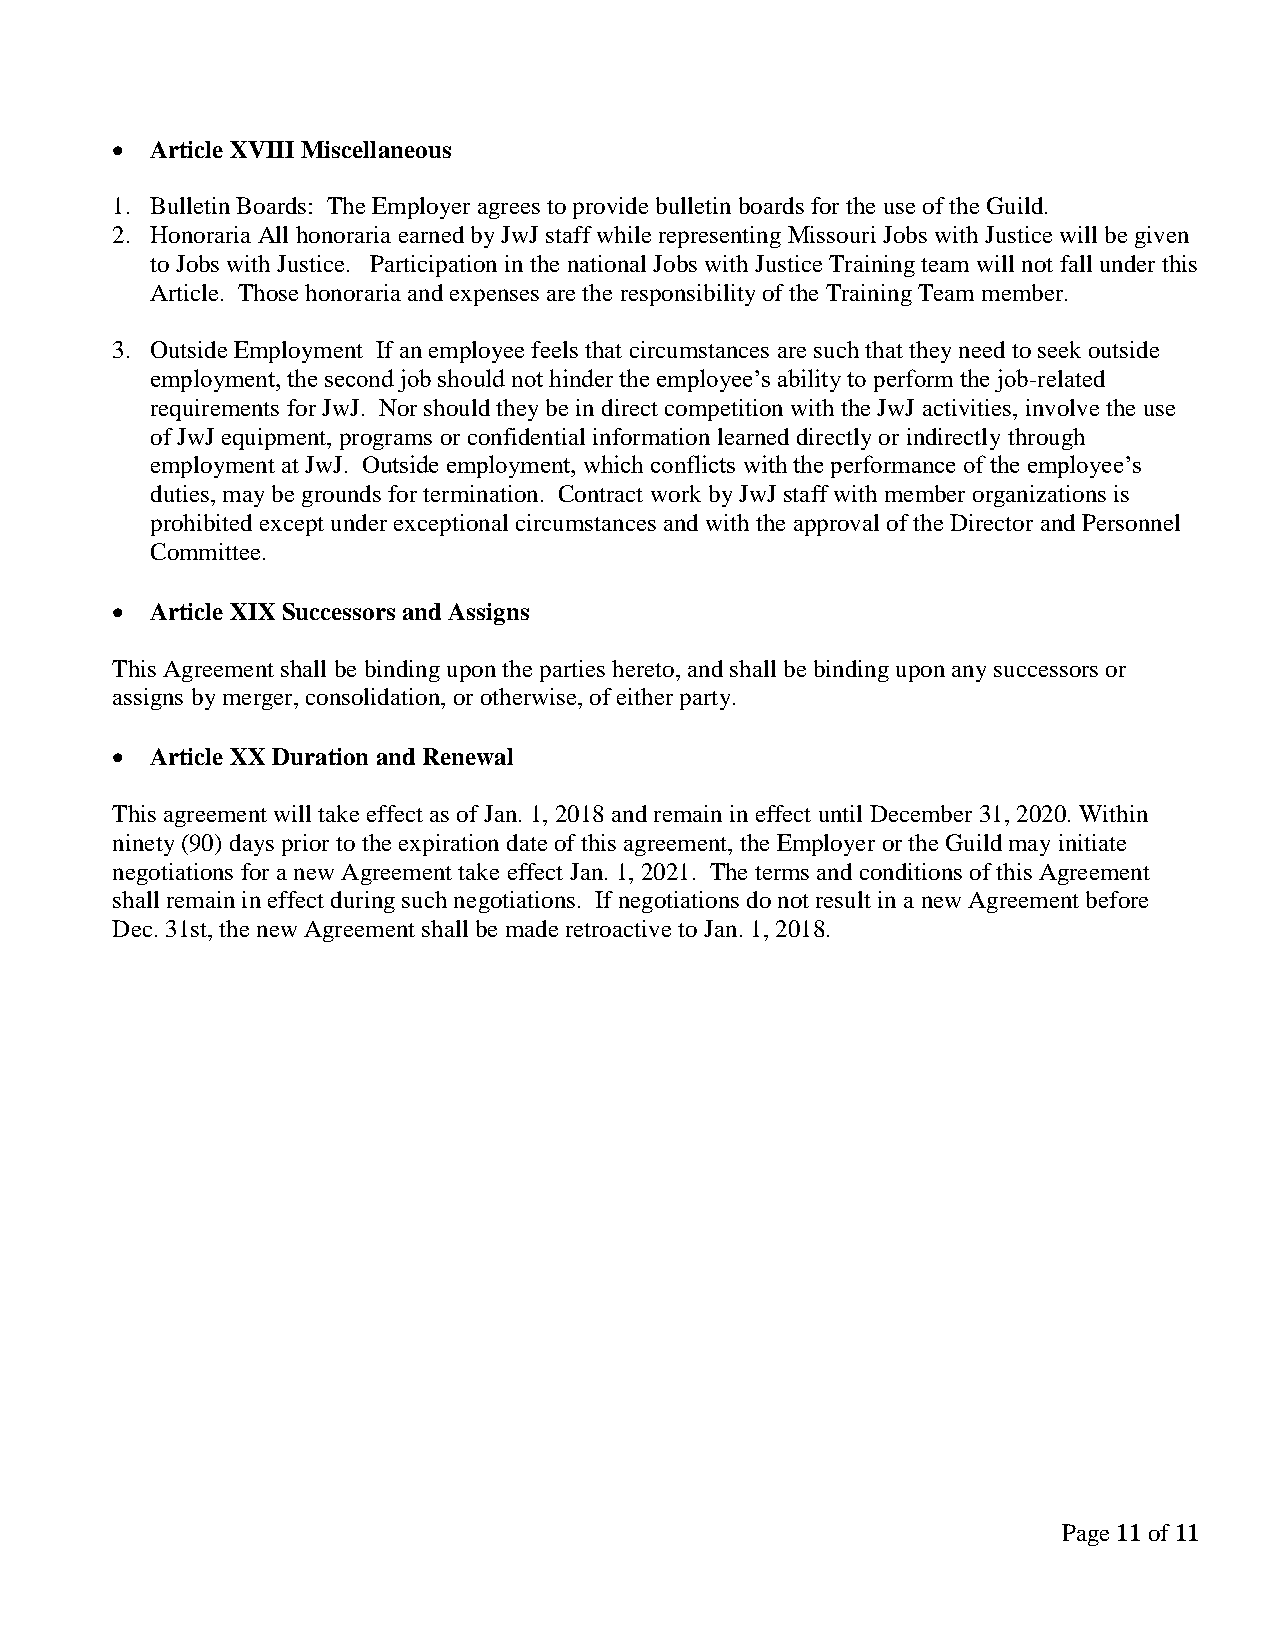
  Article XVIII Miscellaneous
 1. Bulletin Boards: The Employer agrees to provide bulletin boards for the use of the Guild.
 2. Honoraria All honoraria earned by JwJ staff while representing Missouri Jobs with Justice will be given
 to Jobs with Justice. Participation in the national Jobs with Justice Training team will not fall under this
 Article. Those honoraria and expenses are the responsibility of the Training Team member.
 3. Outside Employment If an employee feels that circumstances are such that they need to seek outside
 employment, the second job should not hinder the employee’s ability to perform the job-related
 requirements for JwJ. Nor should they be in direct competition with the JwJ activities, involve the use
 of JwJ equipment, programs or confidential information learned directly or indirectly through
 employment at JwJ. Outside employment, which conflicts with the performance of the employee’s
 duties, may be grounds for termination. Contract work by JwJ staff with member organizations is
 prohibited except under exceptional circumstances and with the approval of the Director and Personnel
 Committee.
   Article XIX Successors and Assigns
 This Agreement shall be binding upon the parties hereto, and shall be binding upon any successors or
 assigns by merger, consolidation, or otherwise, of either party.
   Article XX Duration and Renewal
 This agreement will take effect as of Jan. 1, 2018 and remain in effect until December 31, 2020. Within
 ninety (90) days prior to the expiration date of this agreement, the Employer or the Guild may initiate
 negotiations for a new Agreement take effect Jan. 1, 2021. The terms and conditions of this Agreement
 shall remain in effect during such negotiations. If negotiations do not result in a new Agreement before
 Dec. 31st, the new Agreement shall be made retroactive to Jan. 1, 2018.
 Page 11 of 11